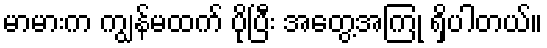
မာမားက ကျွန်မထက် ပိုပြီး အတွေ့အကြုံ ရှိပါတယ်။